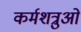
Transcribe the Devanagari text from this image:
कर्मशत्रुओं